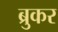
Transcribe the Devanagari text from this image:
ब्रुकर